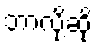
ဘာလို့ဆို